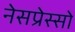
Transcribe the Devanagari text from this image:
नेसप्रेस्सो